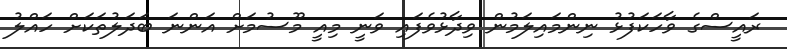
ރައީސްގެ ވާހަކަފުޅު ނިންމައިލަމުން ވިދާޅުވެފައި ވަނީ މިއީ މޫސުމަށް އަންނަ ބަދަލުތަކަށް ހައްލު